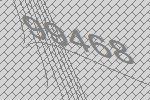
99468